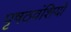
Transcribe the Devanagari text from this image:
पृषठवंशियों